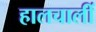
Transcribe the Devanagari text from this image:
हालचालीं